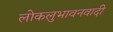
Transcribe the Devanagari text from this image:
लोकलुभावनवादी